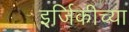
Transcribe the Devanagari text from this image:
इर्जिकीच्या